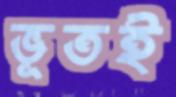
ভূতই